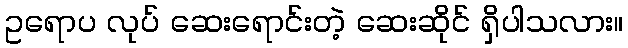
ဥရောပ လုပ် ဆေးရောင်းတဲ့ ဆေးဆိုင် ရှိပါသလား။